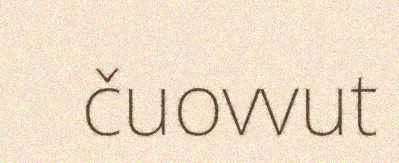
čuovvut